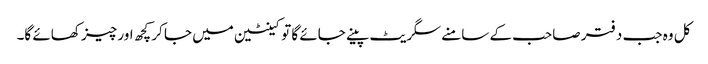
کل وہ جب دفتر صاحب کے سامنے سگریٹ پینے جائے گا تو کینٹین میں جا کر کچھ اور چیز کھائے گا۔